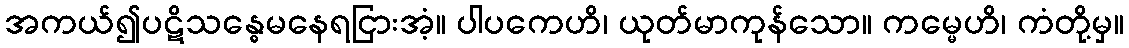
အကယ်၍ပဋိသန္ဓေမနေရငြားအံ့။ ပါပကေဟိ၊ ယုတ်မာကုန်သော။ ကမ္မေဟိ၊ ကံတို့မှ။